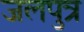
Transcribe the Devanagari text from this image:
जलपुत्र